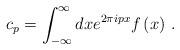
LaTeX: \begin{align*}c_p=\int_{-\infty }^\infty dxe^{2\pi ipx}f\left(x\right)\,.\end{align*}